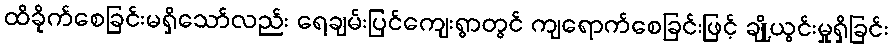
ထိခိုက်စေခြင်းမရှိသော်လည်း ရေချမ်းပြင်ကျေးရွာတွင် ကျရောက်စေခြင်းဖြင့် ချို့ယွင်းမှုရှိခြင်း